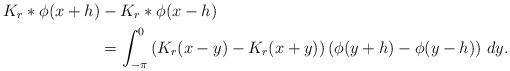
LaTeX: \begin{align*}K_r*\phi(x+h)&-K_r*\phi(x-h)\\&=\int_{-\pi}^{0} \left(K_r(x-y)-K_r(x+y)\right)\left(\phi(y+h)-\phi(y-h)\right)\,dy.\end{align*}